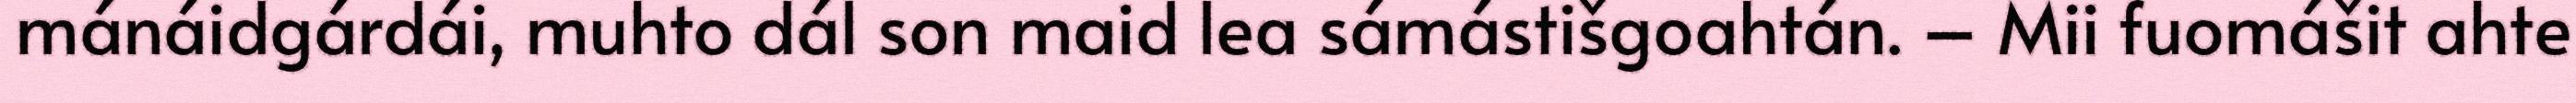
mánáidgárdái, muhto dál son maid lea sámástišgoahtán. – Mii fuomášit ahte